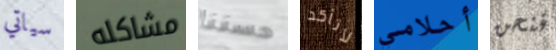
سياتي مشاكله حسننا لأتأكد أحلامي فنحن